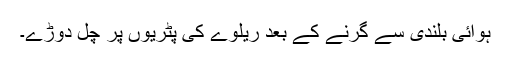
ہوائی بلندی سے گرنے کے بعد ریلوے کی پٹریوں پر چل دوڑے۔